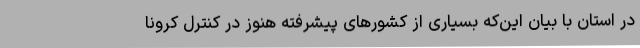
در استان با بیان این‌که بسیاری از کشورهای پیشرفته هنوز در کنترل کرونا